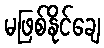
မဖြစ်နိုင်ချေ